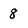
Character: 8